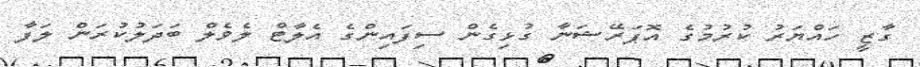
ގާޒީ ހައްޔަރު ކުރުމުގެ އޮޕަރޭޝަނާ ގުޅިގެން ސިފައިންގެ އެލާޓް ލެވެލް ބަދަލުކުރަން ލަފާ